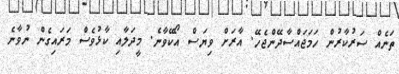
ތަނެއް ސަރުކާރުން ހަމަޖައްސާދޭންޖެހޭ. އާރަށް ވިޔަސް އޯކޭވާނެ. މީދަލާއި ކާޅުވެސް މަރައިގެން ނުވާނެ